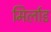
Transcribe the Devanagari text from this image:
मिर्लाड